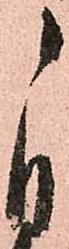
自